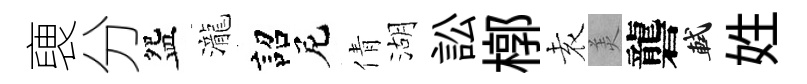
褏分盌瀧詔尼倩湖訟槨𡊮羙礱軾姓